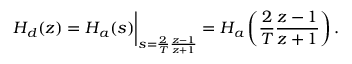
H _ { d } ( z ) = H _ { a } ( s ) { \bigg | } _ { s = { \frac { 2 } { T } } { \frac { z - 1 } { z + 1 } } } = H _ { a } \left( { \frac { 2 } { T } } { \frac { z - 1 } { z + 1 } } \right) .